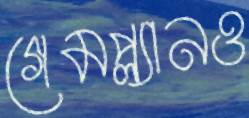
গেমপ্ল্যানও